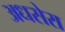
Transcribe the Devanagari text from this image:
अधसेरा